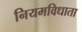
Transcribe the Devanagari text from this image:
नियमविधाता